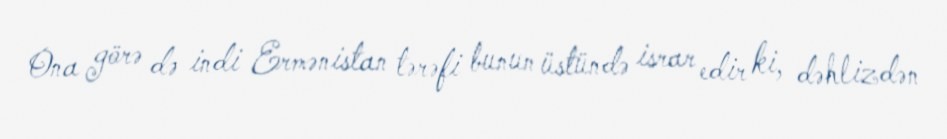
Ona görə də indi Ermənistan tərəfi bunun üstündə israr edir ki, dəhlizdən